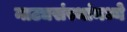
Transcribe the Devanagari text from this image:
नाट्यसंस्थांमध्ये